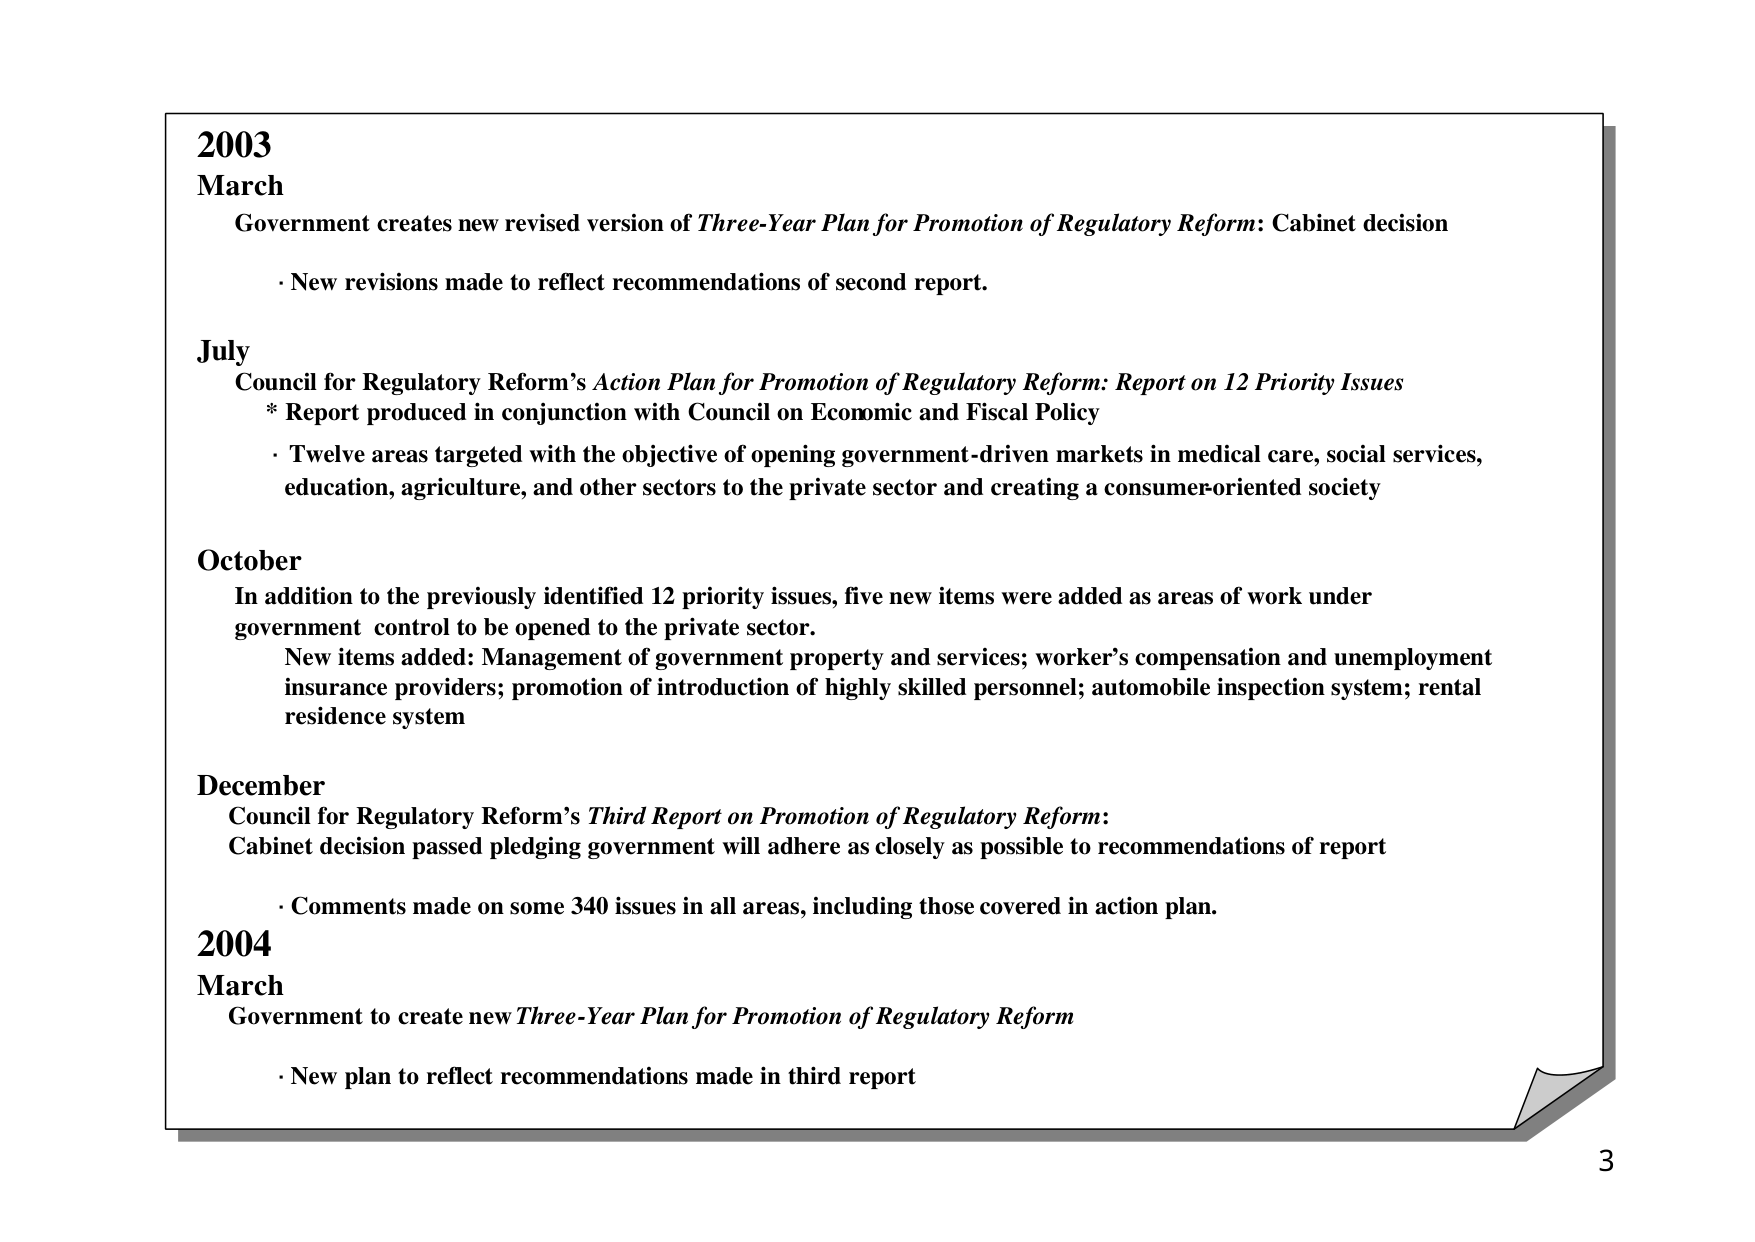
2003
March
Government creates new revised version of Three-Year Plan for Promotion of Regulatory Reform: Cabinet decision
· New revisions made to reflect recommendations of second report.

July
Council for Regulatory Reform’s Action Plan for Promotion of Regulatory Reform: Report on 12 Priority Issues
* Report produced in conjunction with Council on Economic and Fiscal Policy
· Twelve areas targeted with the objective of opening government-driven markets in medical care, social services, education, agriculture, and other sectors to the private sector and creating a consumer-oriented society

October
In addition to the previously identified 12 priority issues, five new items were added as areas of work under government control to be opened to the private sector.
New items added: Management of government property and services; worker’s compensation and unemployment insurance providers; promotion of introduction of highly skilled personnel; automobile inspection system; rental residence system

December
Council for Regulatory Reform’s Third Report on Promotion of Regulatory Reform:
Cabinet decision passed pledging government will adhere as closely as possible to recommendations of report
· Comments made on some 340 issues in all areas, including those covered in action plan.

2004
March
Government to create new Three-Year Plan for Promotion of Regulatory Reform
· New plan to reflect recommendations made in third report

3